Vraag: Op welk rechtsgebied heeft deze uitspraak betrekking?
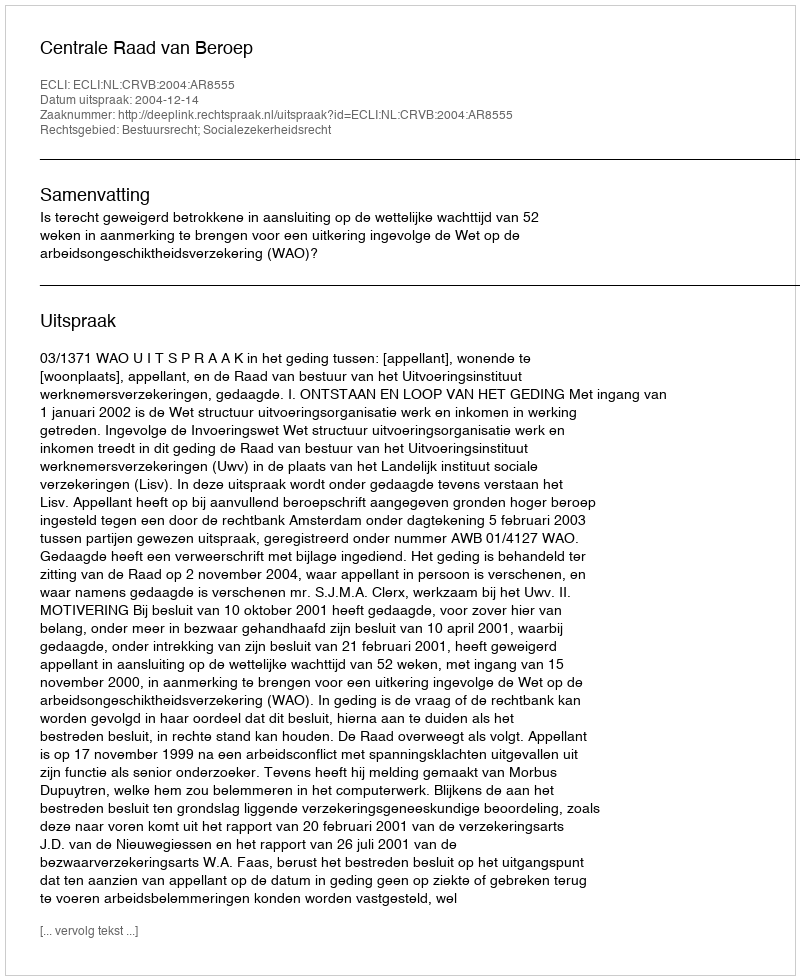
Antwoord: Bestuursrecht; Socialezekerheidsrecht